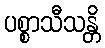
ပစ္စာသီသန္တိ